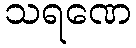
သရဏေ